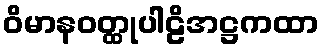
ဝိမာနဝတ္ထုပါဠိအဋ္ဌကထာ